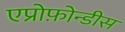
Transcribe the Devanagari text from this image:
एप्रोफ़ोन्डीस